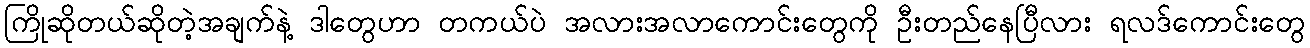
ကြိုဆိုတယ်ဆိုတဲ့အချက်နဲ့ ဒါတွေဟာ တကယ်ပဲ အလားအလာကောင်းတွေကို ဦးတည်နေပြီလား ရလဒ်ကောင်းတွေ